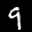
Label: 9